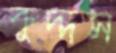
কুদ্দস